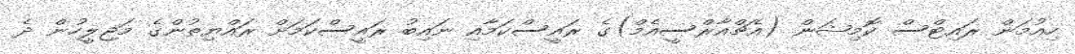
ހިއުމަން ރައިޓްސް ކޮމިޝަން (އެޗްއާރްސީއެމް)ގެ ރައީސްކަމާއި ނައިބު ރައީސްކަމަށް ރައްޔިތުންގެ މަޖިލީހުން ދެ